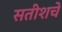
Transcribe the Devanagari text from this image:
सतीशचे